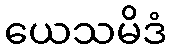
ယေသမိဒံ